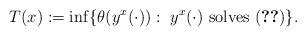
LaTeX: \begin{align*}T(x):= \inf \lbrace \theta(y^x(\cdot)):~ y^x(\cdot) \mbox{ solves } \eqref{DI} \rbrace.\end{align*}